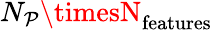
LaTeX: N_{\mathcal{P}}\timesN_{\mathrm{{features}}}